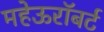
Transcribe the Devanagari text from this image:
महेऊरॉबर्ट